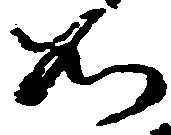
如